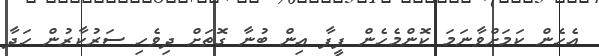
އެހެން ކަމަށްވާނަމަ ކޮންމެހެން ފީފާ އިން ބުނާ ގޮތަށް ދިވެހި ސަރުކާރުން ހަދާ